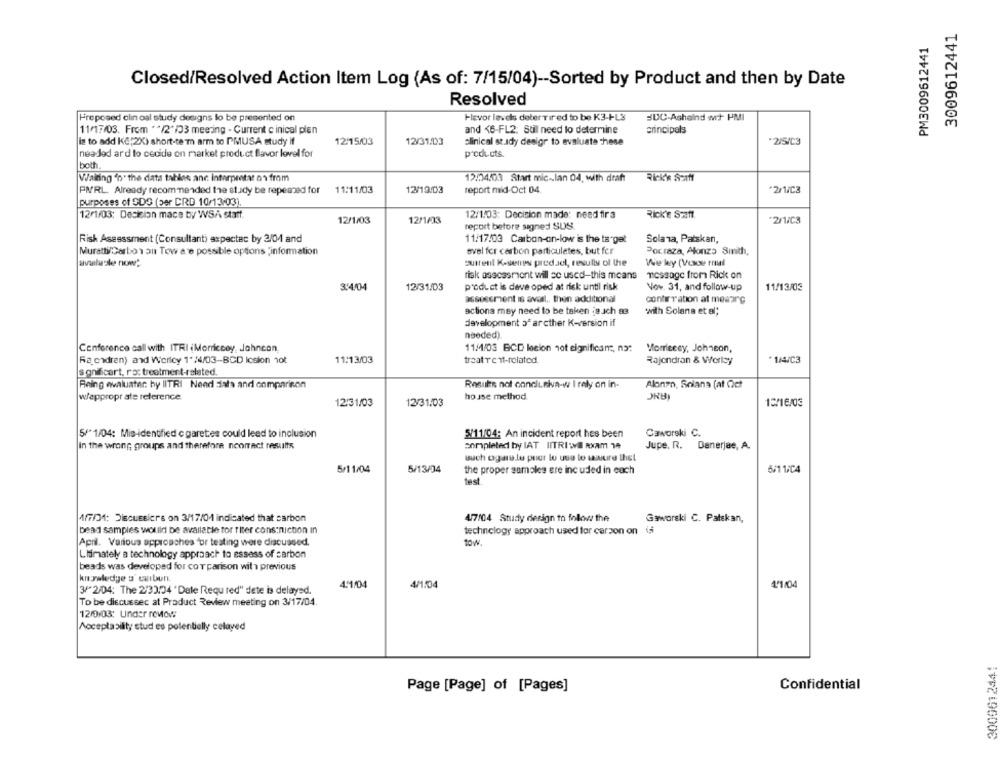
3009612441
PM3009612441
Closed/Resolved Action Item Log (As of: 7/15/04) -- Sorted by Product and then by Date
Resolved
Proposed clin oal study designs to be presented on
Flavor levels deterTired to be K3-FL3
SUC-Ashaind wit PMI
11/17/03. From ** /2"/33 meeting - Current c inical plen
and <6-FL2. Still need to determine
crincipals
is to add KG,2X) short-term arm to PMUSA study if
12/15/03
12/31/03
clinical st.ady desigr to evaluate these
2/5/03
needed ard lo cecide on market product flavor lovel for
products.
both
Waiting "b" the data tables anc interpretar os from
12:04.03 Start mic -. lan 04, with draft
Rick's Szaft
PMRL Already recommended the study be repeated for
11:11/03
12/19/03
report mid-Oct 04
*2/1/C3
purposes of SDS (per CRD 10/13/03).
12/1/03: Decision made: need fira
12/1/03: Decision mace by WSÅ staff.
12/1/03
12/1/03
Rick'e Saft
2/1/C3
report before signed SUS.
Risk Assessment (Consultanti expectac by 2/04 and
11/17/03 Carbon-on-low is the target
Solana, Patskan,
Muratti/Carbo1 an Tew a e possible options "information
svel for carbon particulates, but fer
Poctaza, Alonzo Smith,
current K-senes predael, results of the
Weley (Vese rnul
risk assessment will se used-this means
message from Rick on
3/4/04
12/31/03
product is deve oped at risk until risk
Now. 31, and follow-up
11/13/03
assessment is avail ., then additional
contirration at mesare
actions may need to be taken ja ich 83
with Solana et al;
development of arcther K-version if
needed).
Conference call with ITRI (Morriccoy, Johncon
11/4/03 BCD locion not significam, no:
Morricecy, Johncon,
Ra ordren) and Worley 1"/4/03-BCD Icsion 10t
11:13/03
treatr c i-related
Rajendran & Worley
*1/4/C3
sgnificart, ro: treatment-related.
Being evaluater by IlTRI Need Sista and onmparison
Resuls not conclusiva-w I rely on in-
Alonzo, Solana (at Oct
wappropr ate reference
house method.
JRB)
12:31/03
12/31/03
5/" 1/04: Mis-identified c garetes could lead to inclusion
5/11/04: An incident report hes been
Caworski C.
In the wrong groups and therefore ncorrect results
completed by LAT IITRI :Il Rxam 19
Jupe, R. Denerjae, A.
wuch ogarele puer lu use lo wwwure thet
5/11/04
5/13/04
the proper samples ere inc uded in each
6/1 1/C4
test
AFFIM: DISCHEBiers on 3/17/01 indicated that carbon
4/7/04 Study design to follow the
Gaworski C. Patskan,
Dead samples would be available for titer cons:nicton in
technology approach used for carzon on (5
tow.
April. Various approaches for testing were discussed.
Limately a technology approach to assess of carbon
beads was developed for cor parison wil 1 previous
knowledge s' carbun.
4:1/04
4/1:04
4º1/04
3/"2/04: The 2/33.04 'Dele Requ red" dete is delayed.
To be discussec at Product Review meeting on 3/17/04.
12/0/03: Under review
Acceplasilty stud es potentially celayed
3009612441
Confidential
Page [Page] of [Pages]